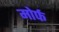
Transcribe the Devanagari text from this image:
मोर्फ